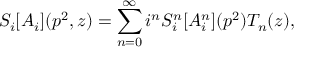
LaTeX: S _ { i } [ A _ { i } ] ( p ^ { 2 } , z ) = \sum _ { n = 0 } ^ { \infty } i ^ { n } S _ { i } ^ { n } [ A _ { i } ^ { n } ] ( p ^ { 2 } ) T _ { n } ( z ) ,